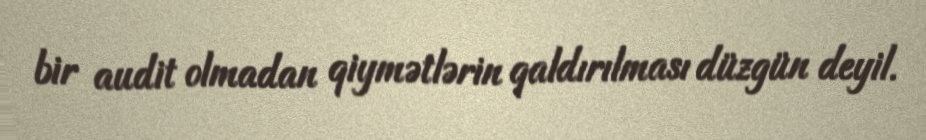
bir audit olmadan qiymətlərin qaldırılması düzgün deyil.